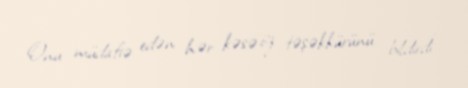
Onu müdafiə edən hər kəsə öz təşəkkürünü bildirdi”.